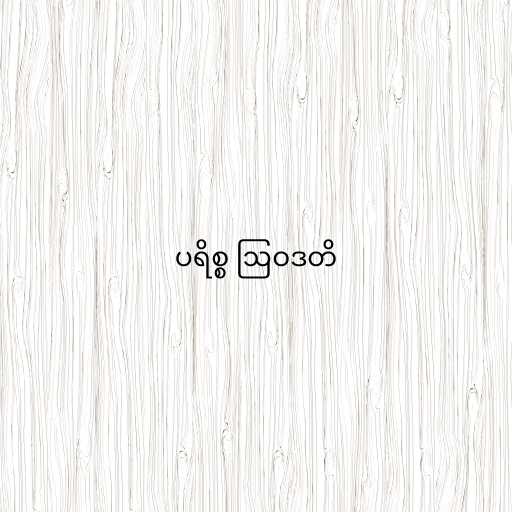
ပရိစ္စ ဩဝဒတိ